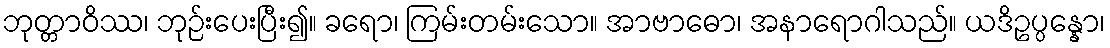
ဘုတ္တာဝိဿ၊ ဘုဉ်းပေးပြီး၍။ ခရော၊ ကြမ်းတမ်းသော။ အာဗာဓော၊ အနာရောဂါသည်။ ယဒိဥပ္ပန္နော၊